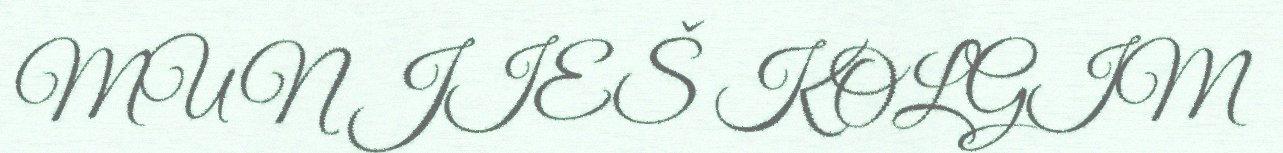
MUN JIEŠ KOLGIM